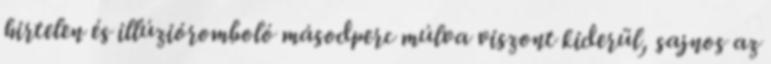
hirtelen és illúzióromboló másodperc múlva viszont kiderül, sajnos az